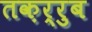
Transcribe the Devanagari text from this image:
तक़र्रुब